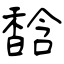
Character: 馠